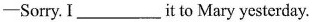
-Sorry. I _it to Mary yesterday.